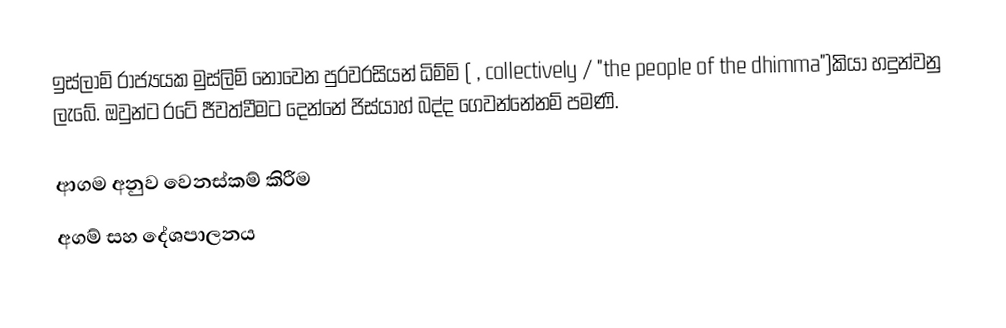
ඉස්ලාම් රාජ්‍යයක  මුස්ලිම් නොවෙන පුරවරසියන්  ධිම්මි (  , collectively  / "the people of the dhimma")කියා හදුන්වනු ලැබේ. ඔවුන්ට රටේ ජීවත්වීමට දෙන්නේ ජිස්යාහ් බද්ද ගෙවන්නේනම් පමණි.

ආගම අනුව වෙනස්කම් කිරීම
අගම් සහ දේශපාලනය